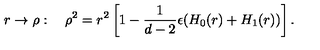
r \rightarrow \rho : \quad \rho ^ { 2 } = r ^ { 2 } \left[ 1 - \frac { 1 } { d - 2 } \epsilon ( H _ { 0 } ( r ) + H _ { 1 } ( r ) ) \right] .